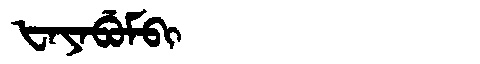
Manchu: ᡶᠠᠶᠠᠪᡠᠮᠪᡳ
Romanization: FAYABUMBI